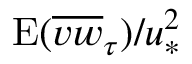
\mathrm { E } ( \overline { { v w } } _ { \tau } ) / u _ { \ast } ^ { 2 }